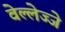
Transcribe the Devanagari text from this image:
वेल्लेज्जे